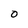
Character: O